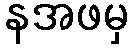
နအဖမှ